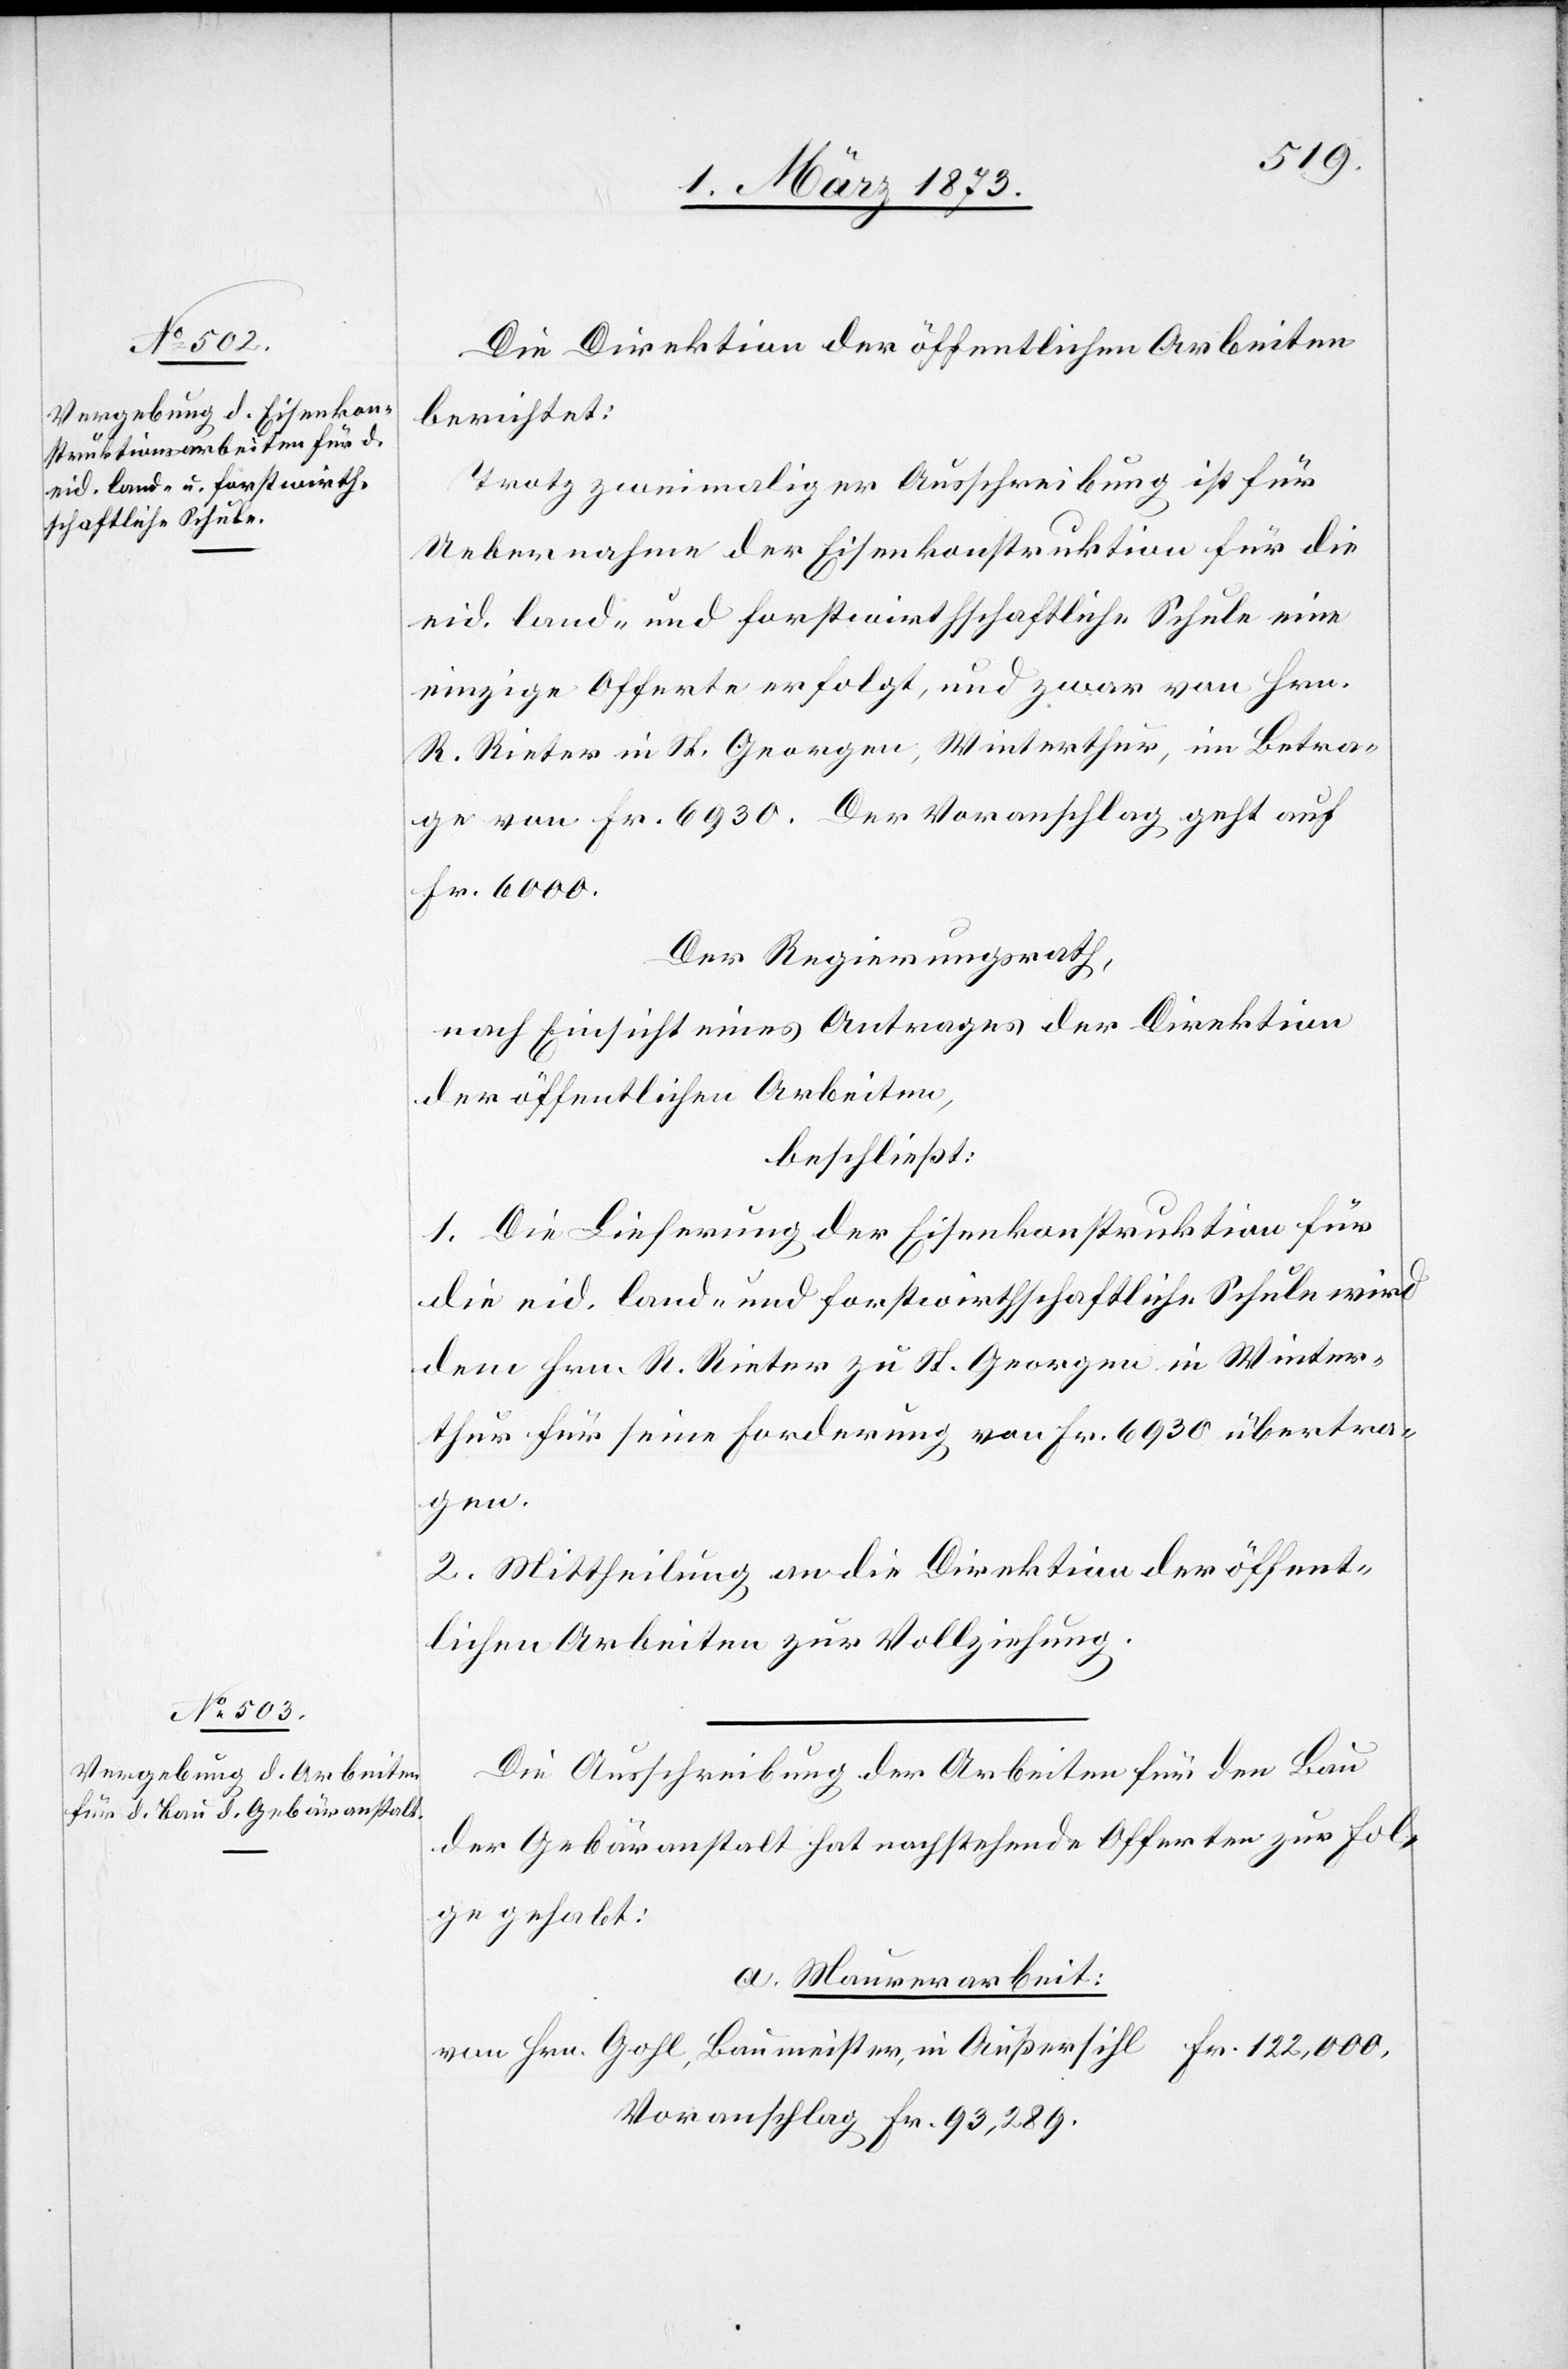
Die Direktion der öffentlichen Arbeiten
berichtet:
Trotz zweimaliger Ausschreibung ist für
Uebernahme der Eisenkonstruktion für die
eid. land- und forstwirthschaftliche Schule eine
einzige Offerte erfolgt, und zwar von Hrn.
R. Rieter in St. Georgen, Winterthur, im Betra¬
ge von Fr. 6930. Der Voranschlag geht auf
Fr. 6000.
Der Regierungsrath,
nach Einsicht eines Antrages der Direktion
der öffentlichen Arbeiten,
beschließt:
1. Die Lieferung der Eisenkonstruktion für
die eid. land- und forstwirthschaftliche Schule wird
dem Hrn. Rieter zu St. Georgen in Winter¬
thur für seine Forderung von Fr. 6930 übertra¬
gen.
2. Mittheilung an die Direktion der öffent¬
lichen Arbeiten zur Vollziehung.
Die Ausschreibung der Arbeiten für den Bau
der Gebäranstalt hat nachstehende Offerten zur Fol¬
ge gehabt:
a. Maurerarbeit:
von Hrn. Gohl, Baumeister, in Außersihl 			Fr. 122,000.
Voranschlag Fr. 93,289.